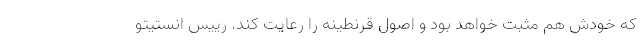
که خودش هم مثبت خواهد بود و اصول قرنطینه را رعایت کند. رییس انستیتو